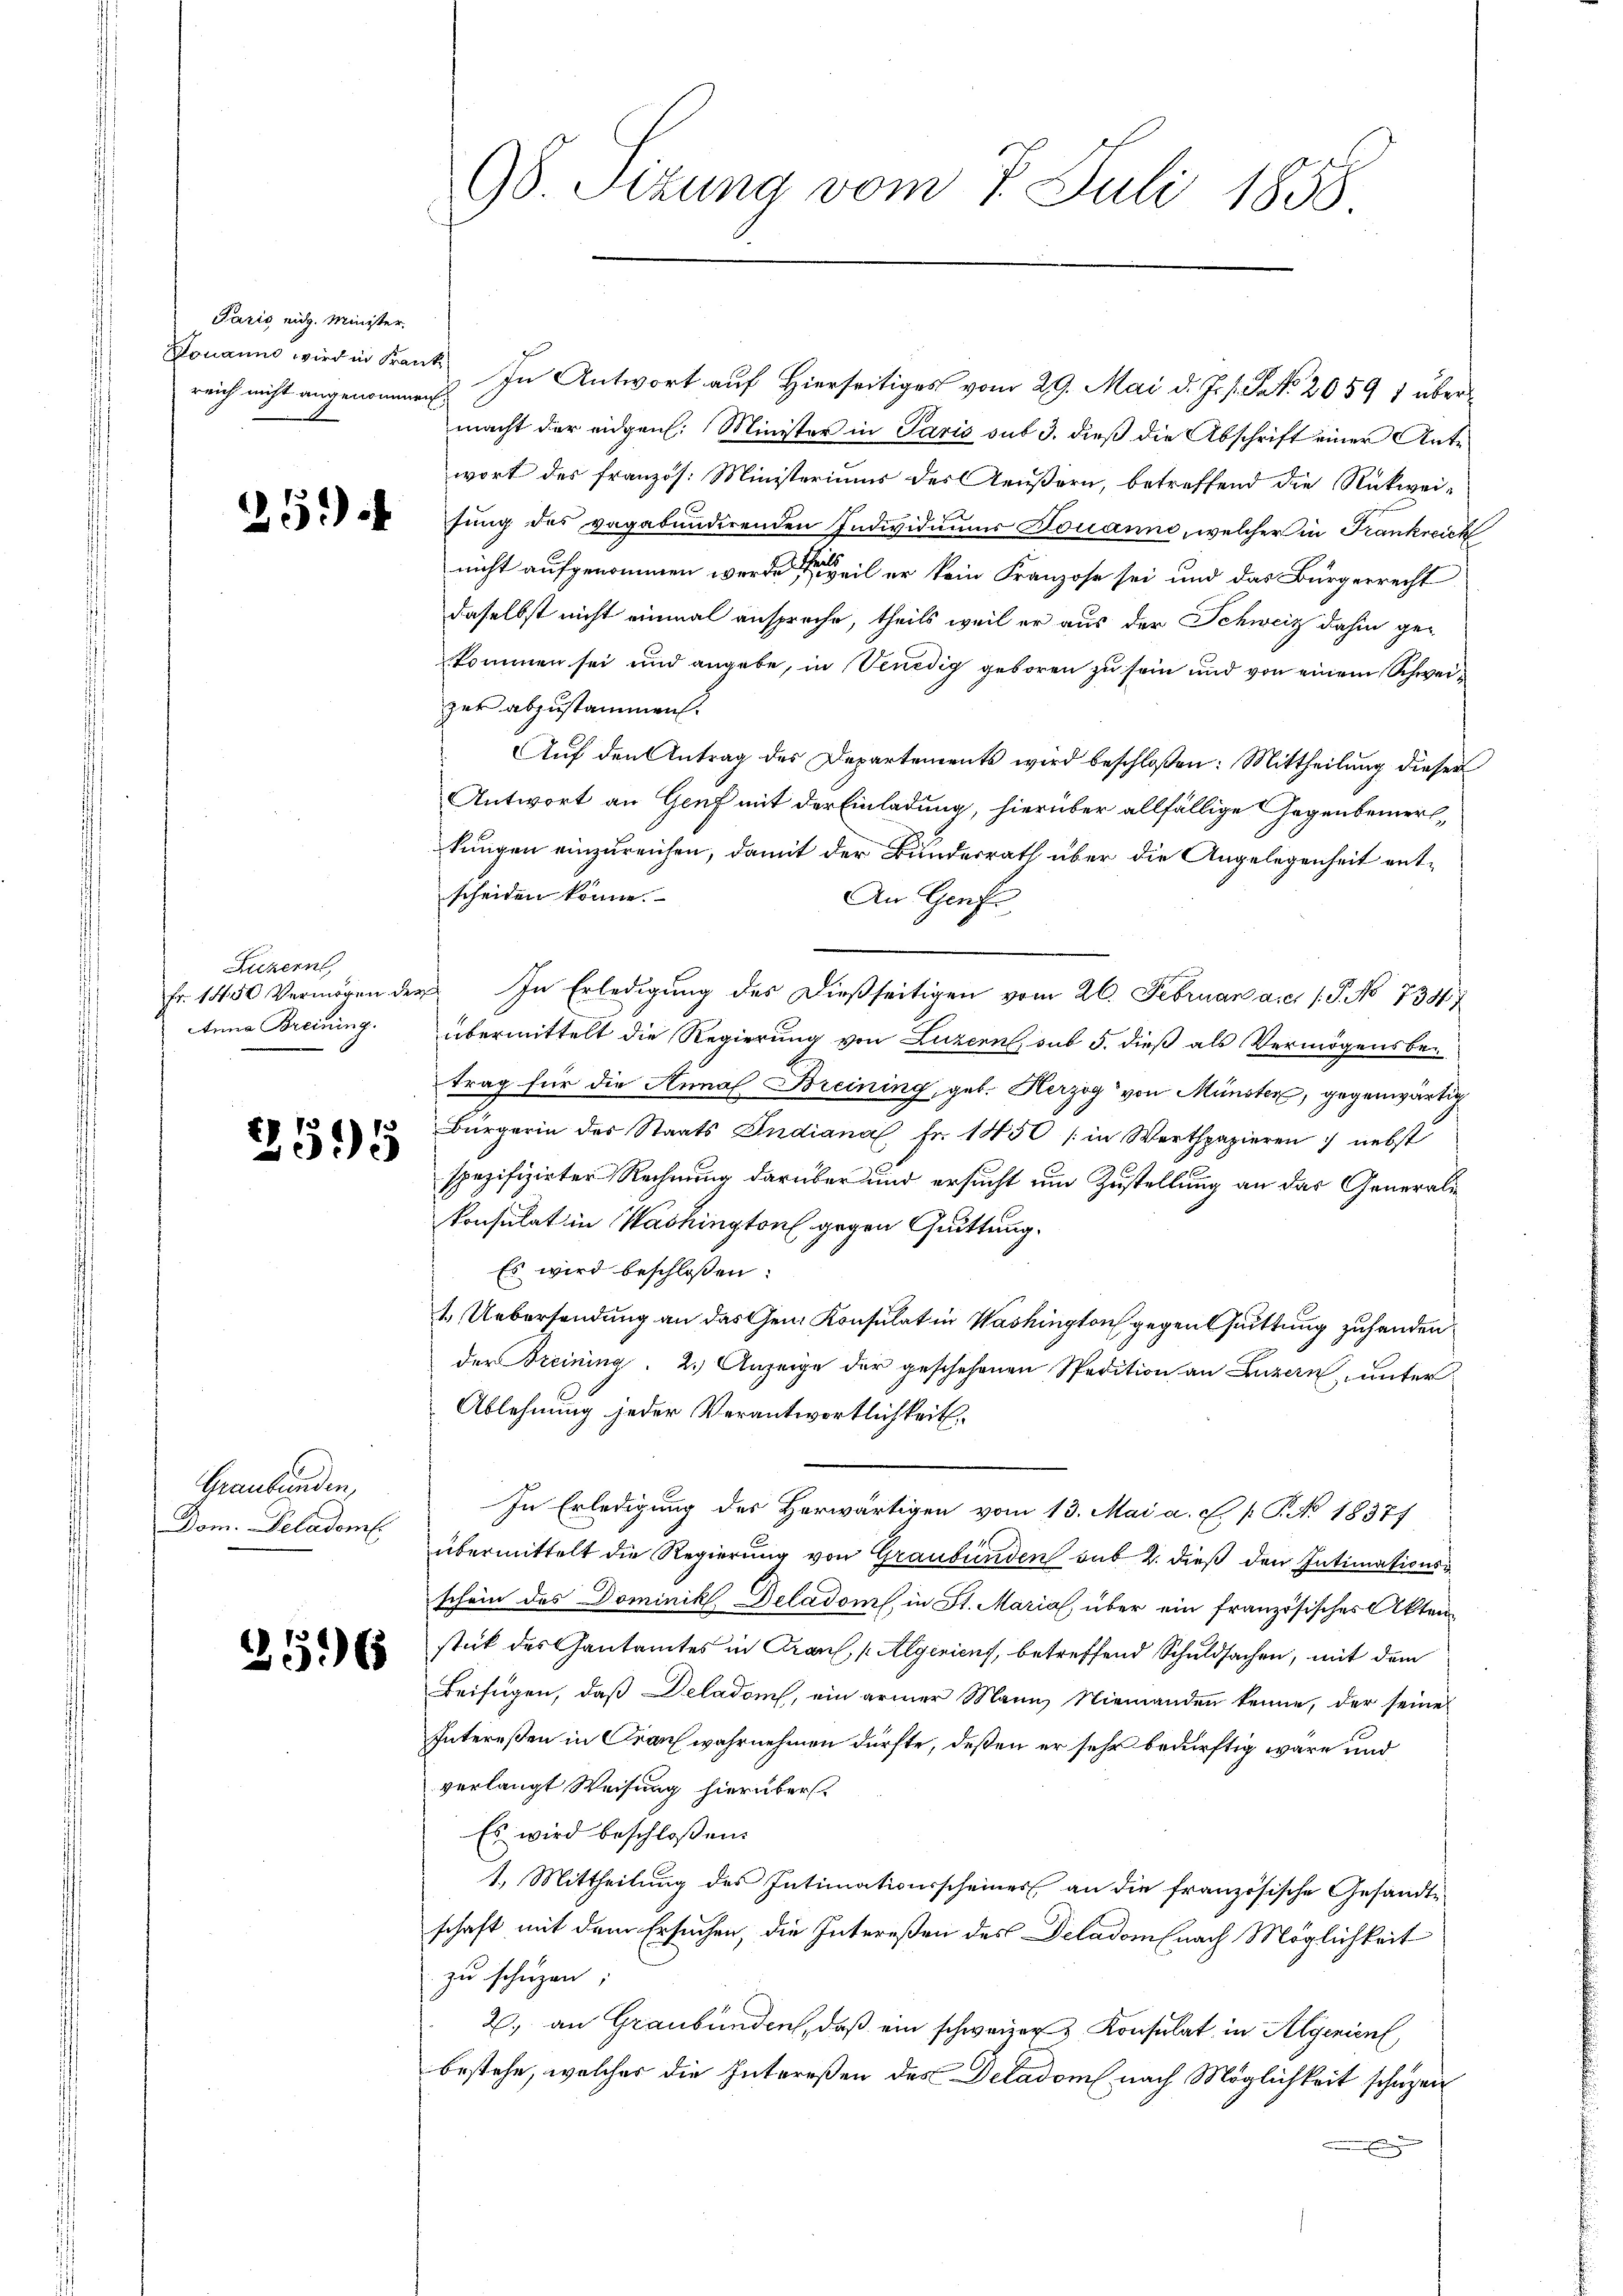
Paris eidg. Minister.
reich nicht angenommen.

259.

Luzern,
Fr. 1450 Vermögen der
Anna Breining.

2595

Graubünden,
Dom. Deladem

25965

98. Sizung vom 7. Juli 1858.

Jomanns wird in Krank. In Antwort auf Hierseitiges vom 29. Mai d. J. s. Frk. 2059 1 übermacht der eidgen. Minister in Paris sub 3. dieß die Abschrift einer Antewort des französ. Ministeriums des Aeußern, betreffend die Rückweisung des vagabundirenden Individuums Jovanne, welcher in Frankreich
nicht aufgenommen werden, weil er kein Franzose sei und das Bürgerrecht
daselbst nicht einmal anspreche, theils weil er aus der Schweiz dahin ge-
kommen sei und angebe, in Venedig geboren zu sein und von einem Schweizer abzustammen.
Auf den Antrag des Departements wird beschloßen: Mittheilung dieser
Antwort an Genf mit der Einladung, hierüber allfällige Gegenbemerkkungen einzureichen, damit der Bundesrath über die Angelegenheit entscheiden könne.
An Genfe
 In Erledigung des dießseitigen vom 26. Februar a.c. s. S. No 73517
übermittelt die Regierung von Luzern, sub 5. dieß als Vermögensbetrag für die Annal Breining, geb. Herzog von Münster, gegenwärtig
Bürgerin des Staats Indiana Fr. 1450 (in Werthpapieren nebst
spezifizirter Rechnung darüber und ersucht um Zustellung an das Generali¬
Konsulat in Washington gegen Quittung.
Es wird beschloßen:
4. Uebersendung an das Gen. Konsulat in Washington gegensuittung zuhanden
der reining 2.) Anzeige der geschehenen Spedition an Luzern, unter
Ablehnung jeder Verantwortlichkeit.
In Erledigung des Herwärtigen vom 13. Mai a. c. p. C. No. 18377
übermittelt die Regierung von Graubünden sub 2. dieß den Intimationsschein des Dominik Deladom, in St. Marial über ein französisches Aktenstik des Gantamtes in Krauf Algericus, betreffend Schuldsachen, mit dem
Beifügen, daß Deladom, ein armer Mann Niemanden kenne, der seine
Intereßen in Cran wahrnehmen dürfte, deßen er sehr bedürftig wäre und
verlangt Weisung hierüber.
Es wird beschloßen:
1.) Mittheilung des Intimationsscheiner an die französische Gesandte
schaft mit dem Ersuchen, die Intereßen des Deladom (nach Möglichkeit
zu schüzen;
2. an Graubünden, daß ein schweizer Konsulat in Algenien
bestehe, welches die Intereßen des Deladom (nach Möglichkeit schuzei